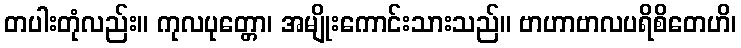
တပါးတုံလည်း။ ကုလပုတ္တော၊ အမျိုးကောင်းသားသည်။ ဗာဟာဗာလပရိစိတေဟိ၊